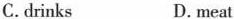
C.drinks D.meat